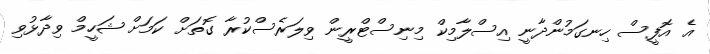
އެ އޮފީސް ހިނގަމުންދާނީ އިސްލާމިކް މިނިސްޓްރީން ވިލަރެސްކުރާ ގޮތަށް ކަމަށް ޝަހީމް ވިދާޅުވި